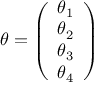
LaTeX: \theta = \left( \begin{array} { c } { { \theta _ { 1 } } } \\ { { \theta _ { 2 } } } \\ { { \theta _ { 3 } } } \\ { { \theta _ { 4 } } } \end{array} \right)